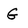
Character: G